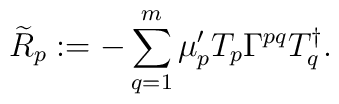
{\widetilde{R}}_p:=-\sum_{q=1}^m \mu'_p T_p \Gamma^{pq} T_q^{\dag}.